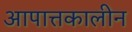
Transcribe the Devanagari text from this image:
आपात्तकालीन